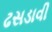
ઢસડાવી